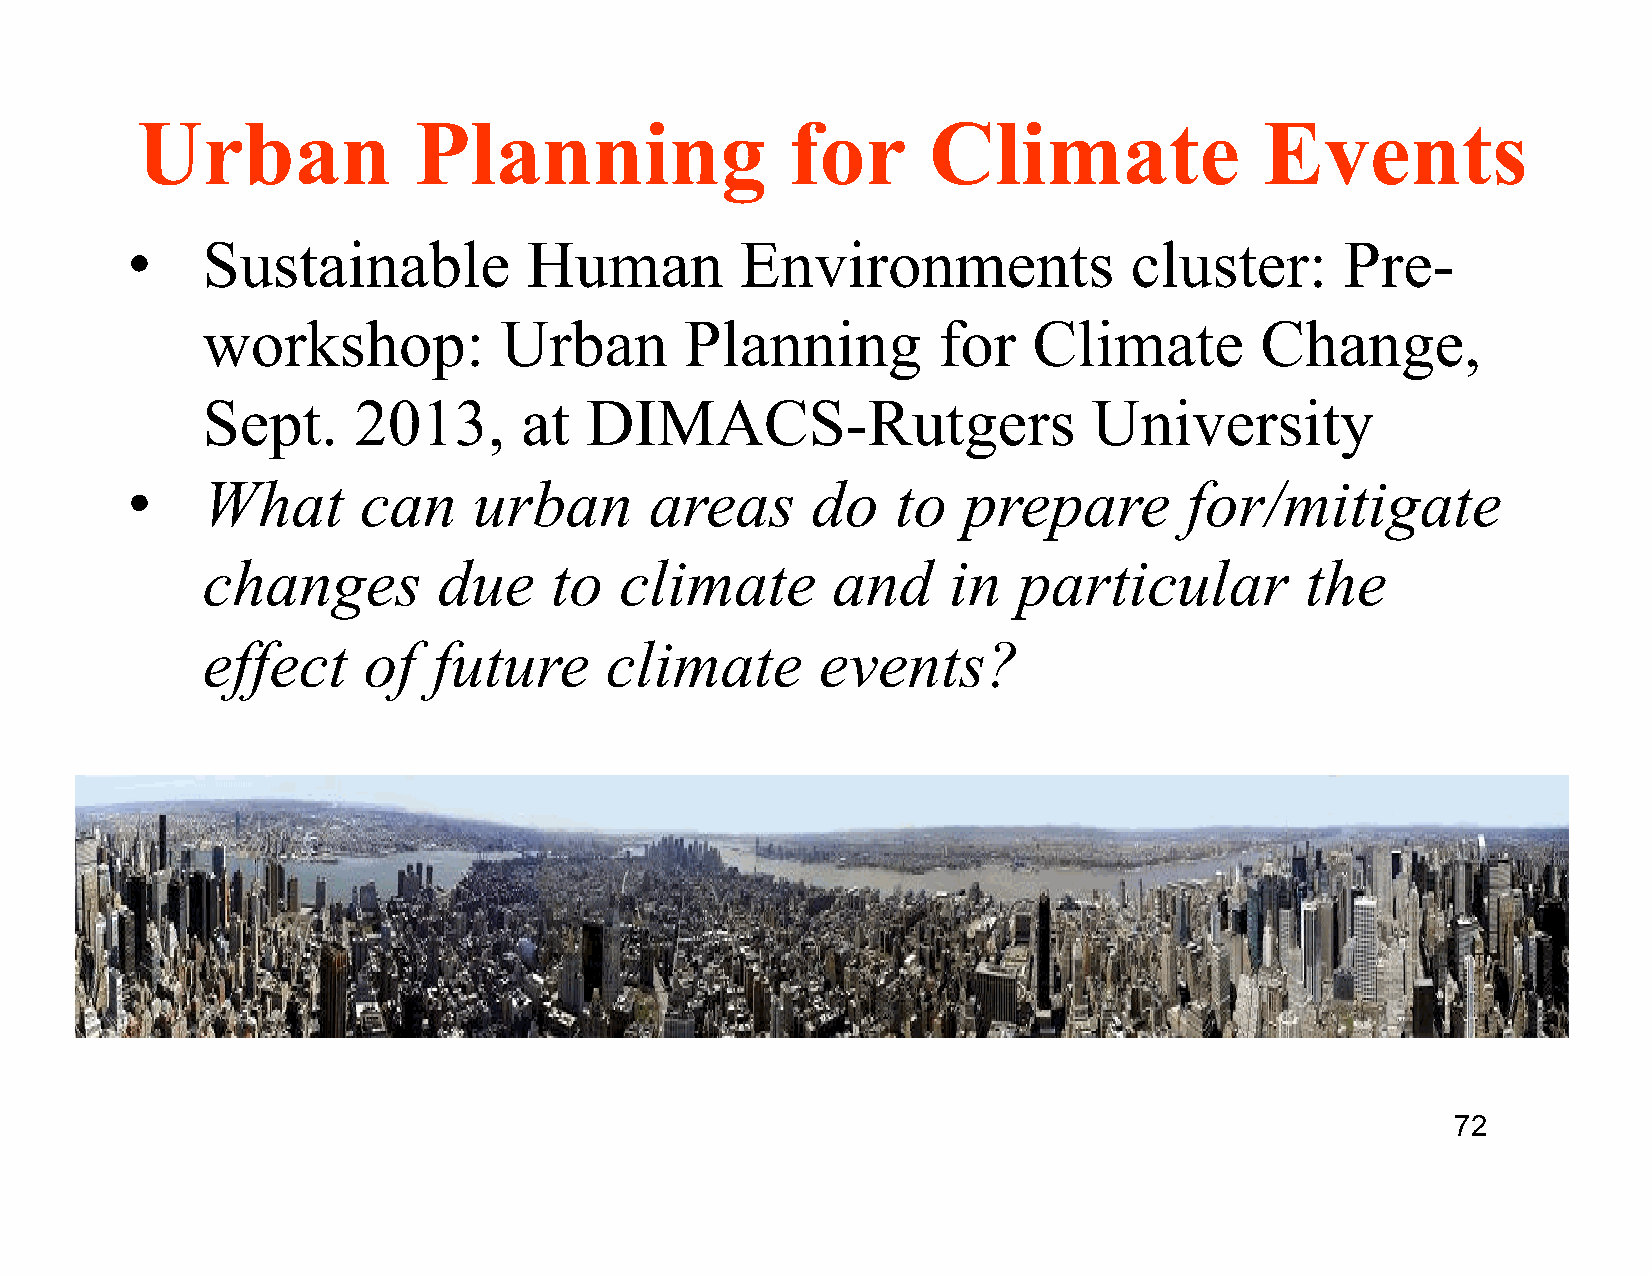
Urban             Planning                 for      Climate                Events
 •    Sustainable           Human         Environments              cluster:      Pre-
 workshop:           Urban       Planning         for   Climate        Change,
 Sept.     2013,      at   DIMACS-Rutgers                   University
 •    What       can    urban       areas      do   to   prepare        for/mitigate
 changes         due    to   climate       and     in  particular         the
 effect     of   future     climate       events?
 72